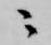
ニ